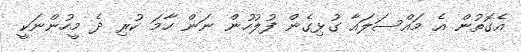
އެގޮތުން އެ މައްސަލައާ ގުޅިގެން ފުލުހުން ނަން ހާމަ ކުރި ދެ މީހުންނަކީ